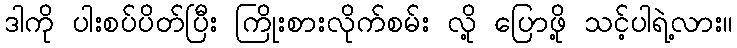
ဒါကို ပါးစပ်ပိတ်ပြီး ကြိုးစားလိုက်စမ်း လို့ ပြောဖို့ သင့်ပါရဲ့လား။